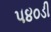
૫૪૦ડી